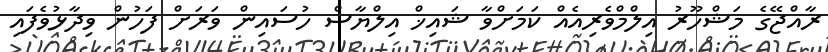
ރާއްޖޭގެ މަޝްހޫރު އިލްމްވެރިއެއް ކަމަށްވާ ޝައިޚް އިލްޔާސް ހުސައިން ވަރަށް ފަހުން ވިދާޅުވެފައި